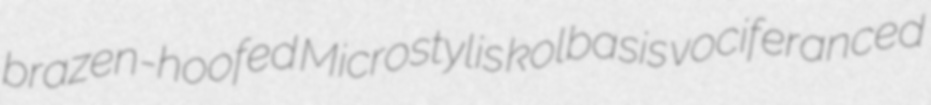
brazen-hoofed Microstylis kolbasis vociferanced